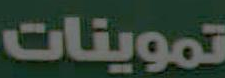
تموينات